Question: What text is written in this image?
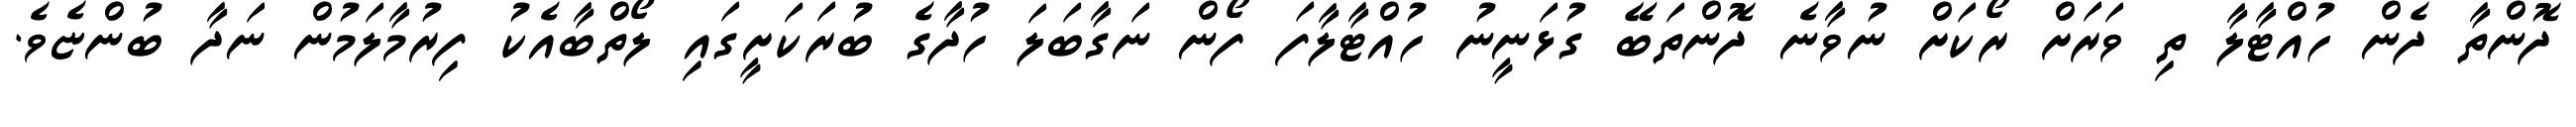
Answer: ދޮންތާ ދެން ހުއްޓާލާ ތި ވަރަށް ރޯކަށް ނުވާނެ ދޮންތަބޭ ގުޅަނީނު ހުއްޓާލާފަ ފޯން ނަގާބަލަ ހުދާގެ ބުރަކަށީގައި ލޯތްބާއެކު ފިރުމާލަމުން ނަދާ ބުންޏެވެ.